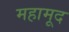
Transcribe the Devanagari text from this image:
महामूद